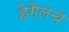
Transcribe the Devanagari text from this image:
हेगेलचे